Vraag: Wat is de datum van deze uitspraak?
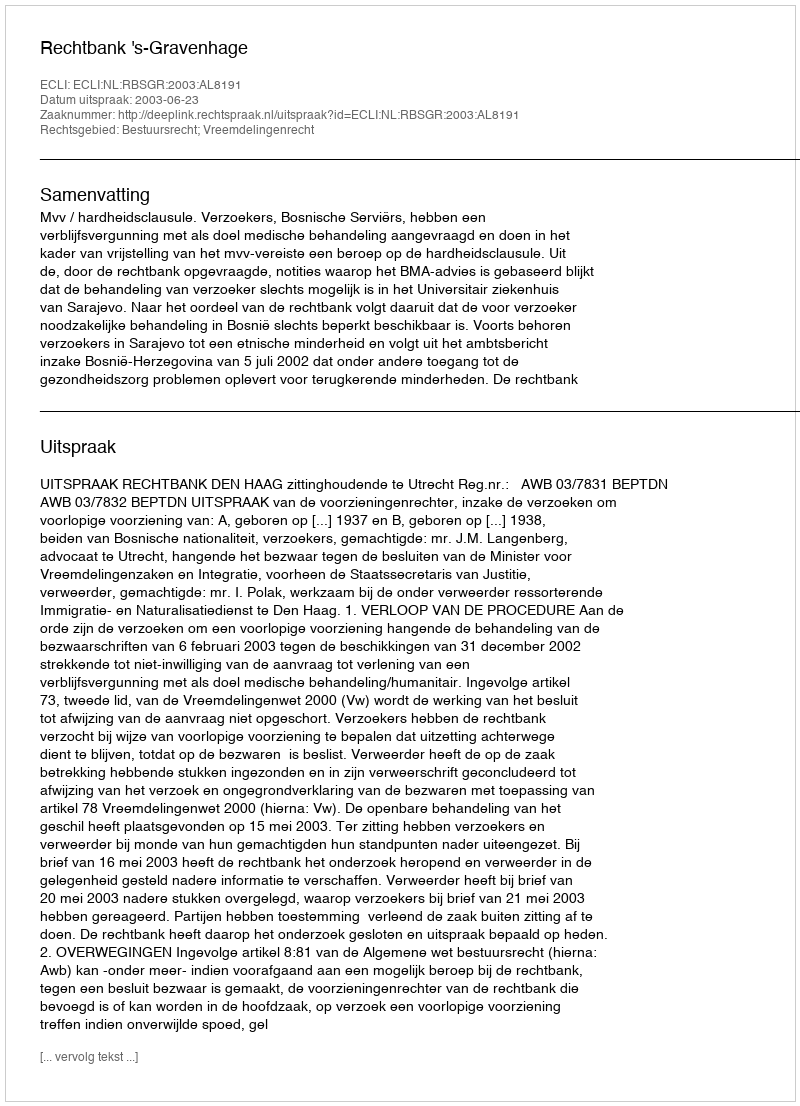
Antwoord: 2003-06-23